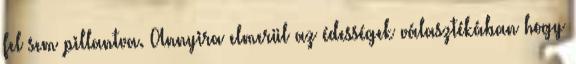
fel sem pillantva. Annyira elmerül az édességek választékában hogy